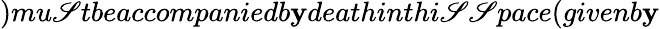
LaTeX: )mu\mathscr{S}tbeaccompaniedb\mathbf{y}deathinthi\mathscr{S}\mathscr{S}pace(givenb\mathbf{y}